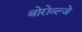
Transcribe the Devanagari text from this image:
बोरोव्ल्जे